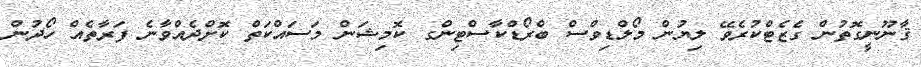
ޤާނޫނީގޮތުން ގެޒެޓްކުރެވޭ ލިޔުން މޯލްޑިވްސް ބްރޯޑްކާސްޓިންގ ކޮމިޝަން މަސައްކަތް ކޮށްދެއްވާނެ ފަރާތެއް ހޯދުން